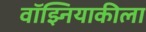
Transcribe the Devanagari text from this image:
वॉझ्नियाकीला